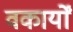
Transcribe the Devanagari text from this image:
वकार्यों